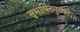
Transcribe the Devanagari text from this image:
सुभाषितमुच्यते।।